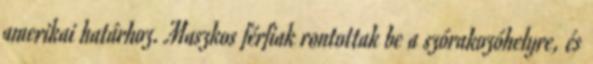
amerikai határhoz. Maszkos férfiak rontottak be a szórakozóhelyre, és